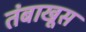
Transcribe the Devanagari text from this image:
तंबाखूस